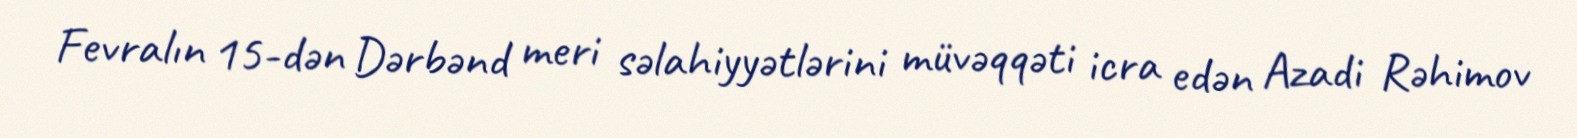
Fevralın 15-dən Dərbənd meri səlahiyyətlərini müvəqqəti icra edən Azadi Rəhimov